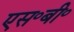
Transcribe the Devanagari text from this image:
एस॰बी॰